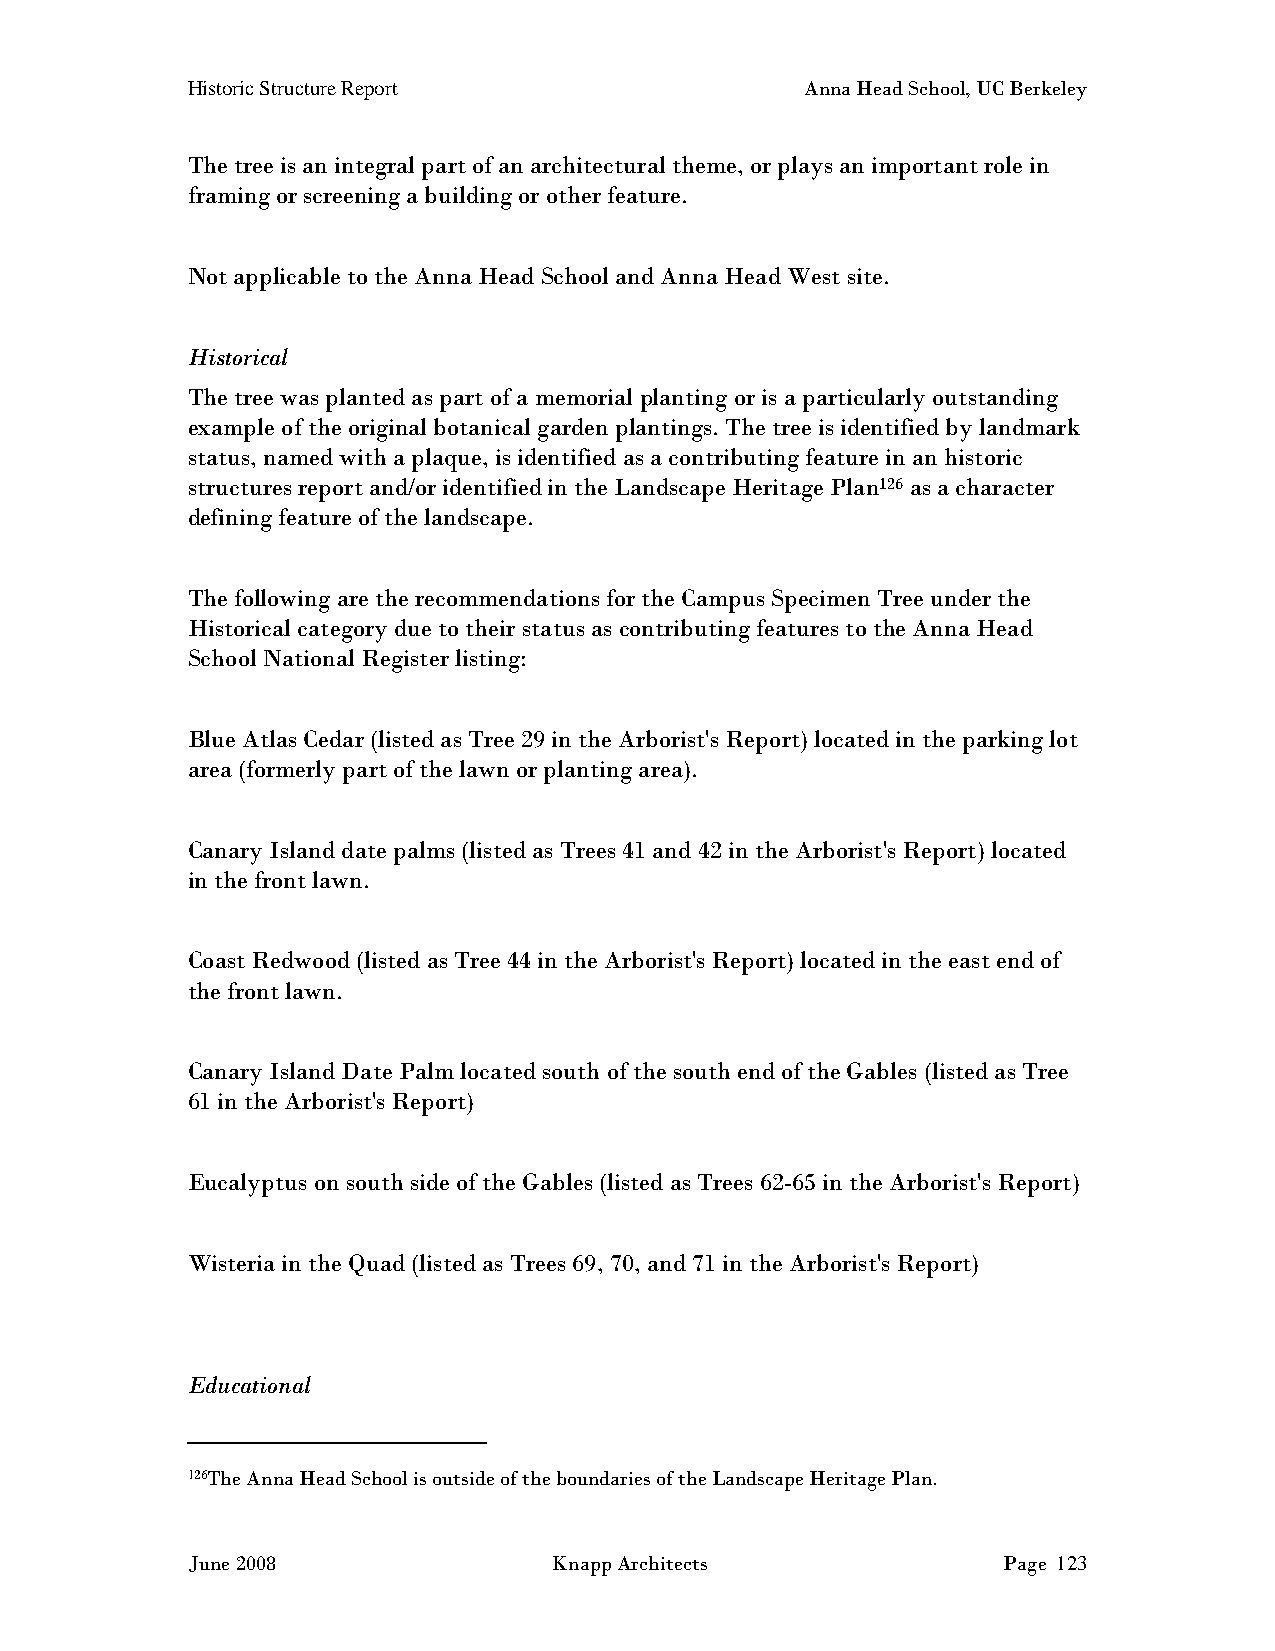
Historic Structure Report                Anna Head School, UC Berkeley
 The tree is an integral part of an architectural theme, or plays an important role in
 framing or screening a building or other feature.
 Not applicable to the Anna Head School and Anna Head West site.
 Historical
 The tree was planted as part of a memorial planting or is a particularly outstanding
 example of the original botanical garden plantings. The tree is identified by landmark
 status, named with a plaque, is identified as a contributing feature in an historic
 structures report and/or identified in the Landscape Heritage Plan126 as a character
 defining feature of the landscape.
 The following are the recommendations for the Campus Specimen Tree under the
 Historical category due to their status as contributing features to the Anna Head
 School National Register listing:
 Blue Atlas Cedar (listed as Tree 29 in the Arborist's Report) located in the parking lot
 area (formerly part of the lawn or planting area).
 Canary Island date palms (listed as Trees 41 and 42 in the Arborist's Report) located
 in the front lawn.
 Coast Redwood (listed as Tree 44 in the Arborist's Report) located in the east end of
 the front lawn.
 Canary Island Date Palm located south of the south end of the Gables (listed as Tree
 61 in the Arborist's Report)
 Eucalyptus on south side of the Gables (listed as Trees 62-65 in the Arborist's Report)
 Wisteria in the Quad (listed as Trees 69, 70, and 71 in the Arborist's Report)
 Educational
 126The Anna Head School is outside of the boundaries of the Landscape Heritage Plan.
 June 2008                Knapp Architects             Page 123